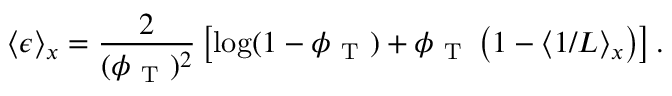
\langle \epsilon \rangle _ { x } = \frac { 2 } { ( \phi _ { \mathrm { ~ T ~ } } ) ^ { 2 } } \left[ \log ( 1 - \phi _ { \mathrm { ~ T ~ } } ) + \phi _ { \mathrm { ~ T ~ } } \left( 1 - \langle 1 / L \rangle _ { x } \right) \right] .